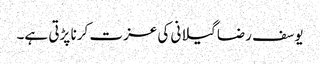
یوسف رضا گیلانی کی عزت کرنا پڑتی ہے۔